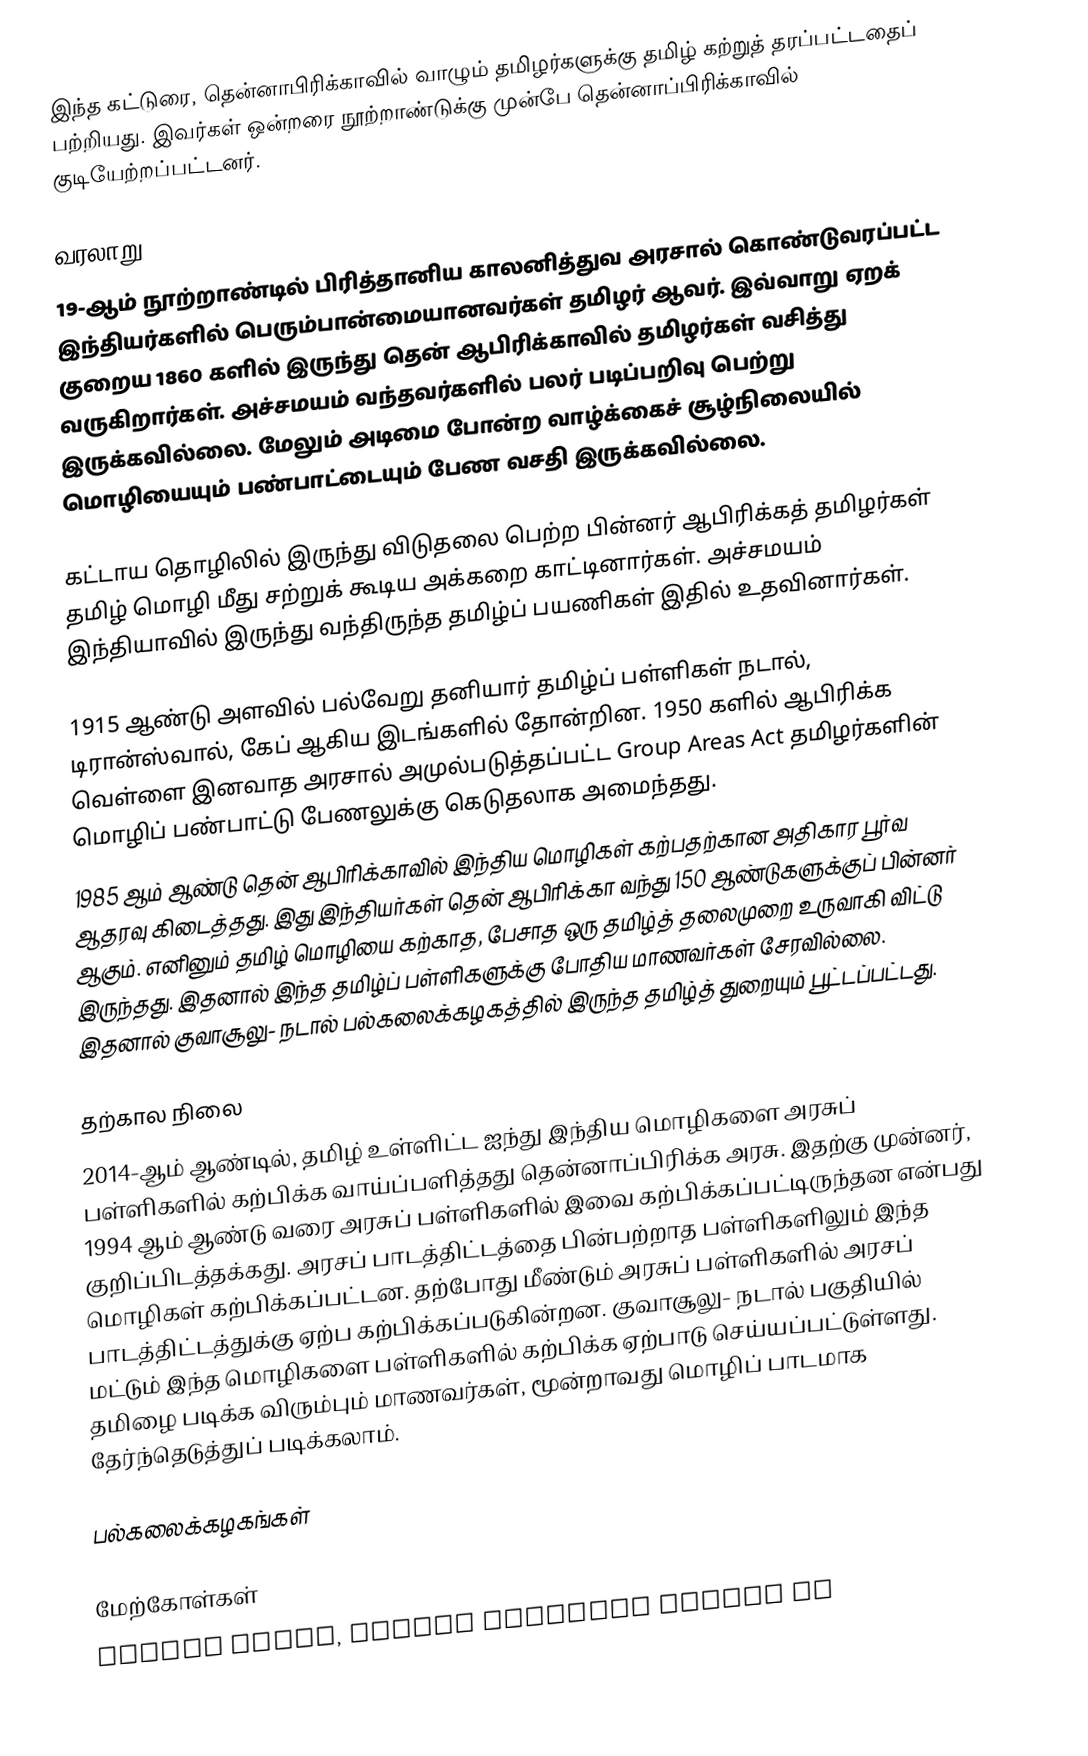
இந்த கட்டுரை, தென்னாபிரிக்காவில் வாழும் தமிழர்களுக்கு தமிழ் கற்றுத் தரப்பட்டதைப் பற்றியது. இவர்கள் ஒன்றரை நூற்றாண்டுக்கு முன்பே தென்னாப்பிரிக்காவில் குடியேற்றப்பட்டனர்.

வரலாறு
19-ஆம் நூற்றாண்டில் பிரித்தானிய காலனித்துவ அரசால் கொண்டுவரப்பட்ட இந்தியர்களில் பெரும்பான்மையானவர்கள் தமிழர் ஆவர்.  இவ்வாறு ஏறக் குறைய 1860 களில் இருந்து தென் ஆபிரிக்காவில் தமிழர்கள் வசித்து வருகிறார்கள்.  அச்சமயம் வந்தவர்களில் பலர் படிப்பறிவு பெற்று இருக்கவில்லை.  மேலும் அடிமை போன்ற வாழ்க்கைச் சூழ்நிலையில் மொழியையும் பண்பாட்டையும் பேண வசதி இருக்கவில்லை.

கட்டாய தொழிலில் இருந்து விடுதலை பெற்ற பின்னர் ஆபிரிக்கத் தமிழர்கள் தமிழ் மொழி மீது சற்றுக் கூடிய அக்கறை காட்டினார்கள். அச்சமயம் இந்தியாவில் இருந்து வந்திருந்த தமிழ்ப் பயணிகள் இதில் உதவினார்கள்.

1915 ஆண்டு அளவில் பல்வேறு தனியார் தமிழ்ப் பள்ளிகள் நடால், டிரான்ஸ்வால், கேப் ஆகிய இடங்களில் தோன்றின. 1950 களில் ஆபிரிக்க வெள்ளை இனவாத அரசால் அமுல்படுத்தப்பட்ட Group Areas Act தமிழர்களின் மொழிப் பண்பாட்டு பேணலுக்கு கெடுதலாக அமைந்தது.
1985 ஆம் ஆண்டு தென் ஆபிரிக்காவில் இந்திய மொழிகள் கற்பதற்கான அதிகார பூர்வ ஆதரவு கிடைத்தது.   இது இந்தியர்கள் தென் ஆபிரிக்கா வந்து 150 ஆண்டுகளுக்குப் பின்னர் ஆகும்.  எனினும் தமிழ் மொழியை கற்காத, பேசாத ஒரு தமிழ்த் தலைமுறை உருவாகி விட்டு இருந்தது.  இதனால் இந்த தமிழ்ப் பள்ளிகளுக்கு போதிய மாணவர்கள் சேரவில்லை. இதனால் குவாசூலு- நடால் பல்கலைக்கழகத்தில் இருந்த தமிழ்த் துறையும் பூட்டப்பட்டது.

தற்கால நிலை
2014-ஆம் ஆண்டில், தமிழ் உள்ளிட்ட ஐந்து இந்திய மொழிகளை அரசுப் பள்ளிகளில் கற்பிக்க வாய்ப்பளித்தது தென்னாப்பிரிக்க அரசு. இதற்கு முன்னர், 1994 ஆம் ஆண்டு வரை அரசுப் பள்ளிகளில் இவை கற்பிக்கப்பட்டிருந்தன என்பது குறிப்பிடத்தக்கது. அரசப் பாடத்திட்டத்தை பின்பற்றாத பள்ளிகளிலும் இந்த மொழிகள் கற்பிக்கப்பட்டன. தற்போது மீண்டும் அரசுப் பள்ளிகளில் அரசப் பாடத்திட்டத்துக்கு ஏற்ப கற்பிக்கப்படுகின்றன. குவாசூலு- நடால் பகுதியில் மட்டும் இந்த மொழிகளை பள்ளிகளில் கற்பிக்க ஏற்பாடு செய்யப்பட்டுள்ளது. தமிழை படிக்க விரும்பும் மாணவர்கள், மூன்றாவது மொழிப் பாடமாக தேர்ந்தெடுத்துப் படிக்கலாம்.

பல்கலைக்கழகங்கள்

மேற்கோள்கள்
 Revive Tamil, pleads cultural leader De